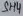
Text: SH4